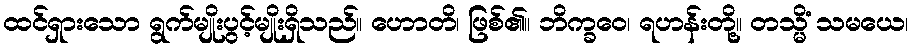
ထင်ရှားသော ရွက်မျိုးပွင့်မျိုးရှိသည်။ ဟောတိ၊ ဖြစ်၏။ ဘိက္ခဝေ၊ ရဟန်းတို့။ တသ္မိံ သမယေ၊